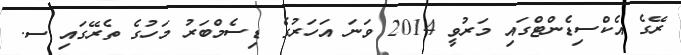
ރޭގެ އެކްސިޑެންޓްގައި މަރުވީ 2014 ވަނަ އަހަރުގެ ޑިސެމްބަރު މަހުގެ ތެރޭގައި ސ.